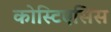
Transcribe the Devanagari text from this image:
कोस्टिएसिस